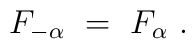
F_{-\alpha}~=~F_\alpha~.